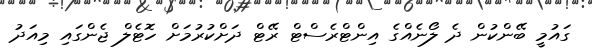
ގައުމީ ބޭންކުން ދެ ލޯނެއްގެ އިންޓްރެސްޓް ރޭޓް ދަށްކުރުމަށް ހޮޓެލް ޖެންގައި މިއަދު